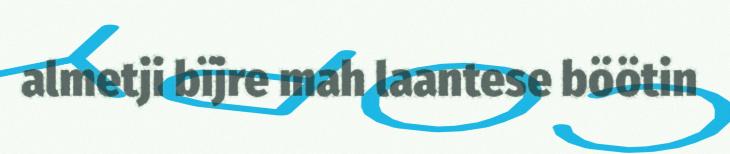
almetji bïjre mah laantese böötin